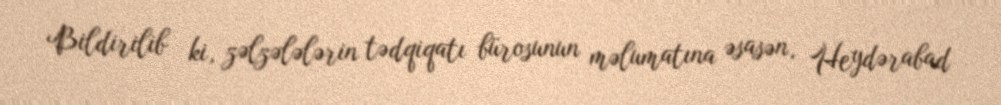
Bildirilib ki, zəlzələlərin tədqiqatı bürosunun məlumatına əsasən, Heydərabad